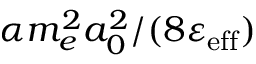
\alpha m _ { e } ^ { 2 } a _ { 0 } ^ { 2 } / ( 8 \varepsilon _ { \mathrm { e f f } } )